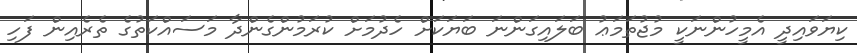
ކިޔަވައިދީ އެމީހުންނަކީ މުޖުތަމަޢު ބަލައިގަންނަ ބަޔަކަށް ހެދުމަށް ކުރަމުންގެންދާ މަސައްކަތުގެ ތެރެއިން ފަހި